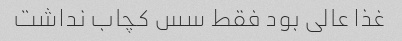
غذا عالی بود فقط سس کچاب نداشت